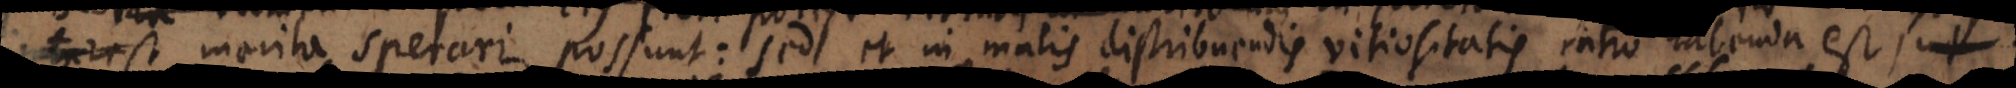
merita sperari possunt: sed et in malis distribuendis vitiositatis ratio habenda est, ut